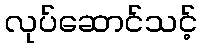
လုပ်ဆောင်သင့်